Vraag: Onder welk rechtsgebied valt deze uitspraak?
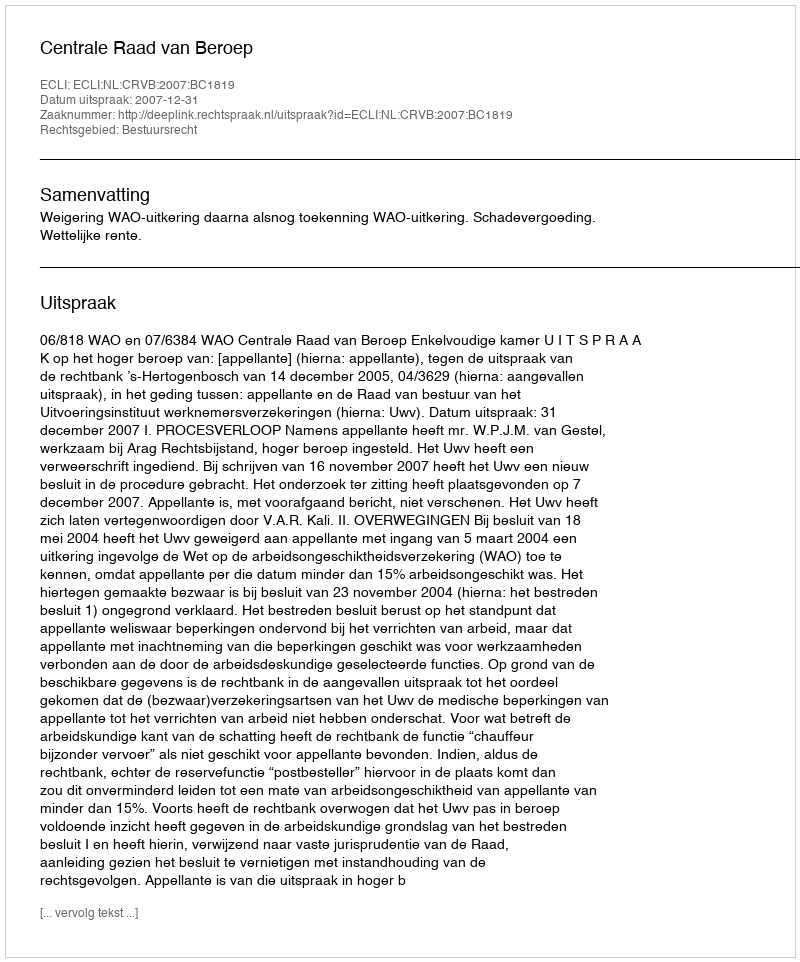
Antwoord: Bestuursrecht